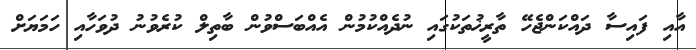
އާއި ފައިސާ ދައްކަންޖެހޭ ތާރީޚުތަކުގައި ނުދެއްކުމުން އެއްބަސްވުން ބާތިލް ކުރެވުނު ދުވަހާއި ހަމަޔަށް